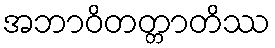
အဘာဝိတတ္တာတိဿ